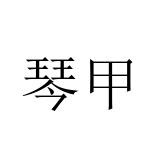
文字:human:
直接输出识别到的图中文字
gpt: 琴甲